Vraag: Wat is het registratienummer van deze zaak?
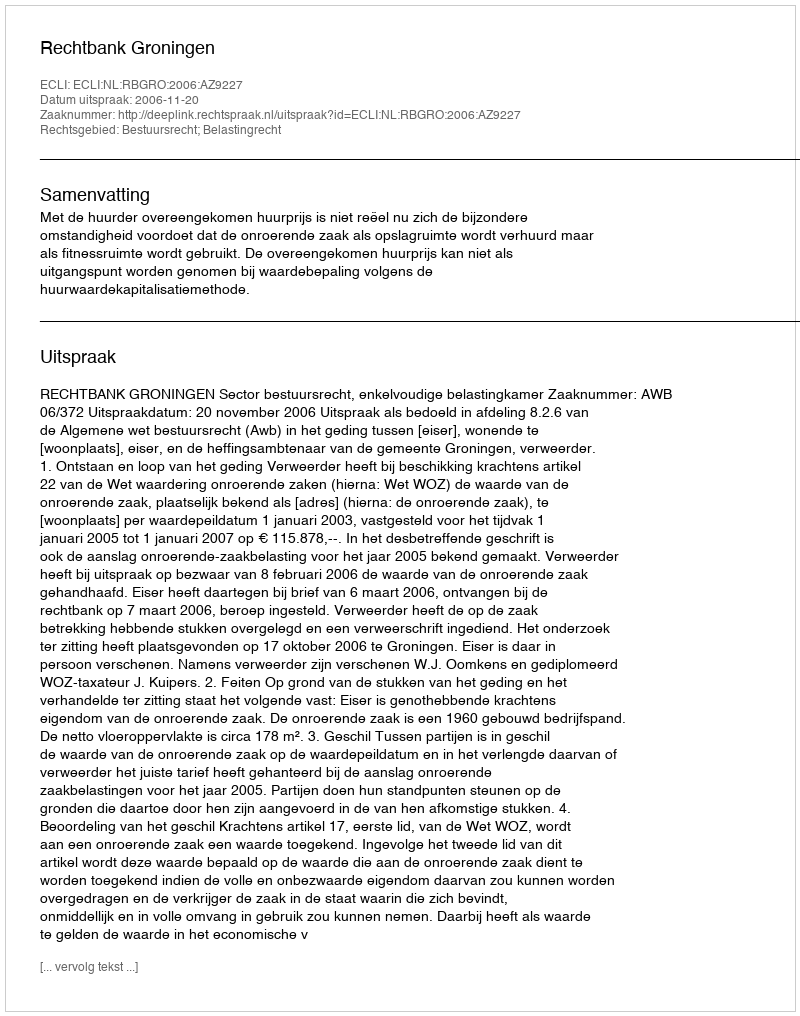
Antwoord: http://deeplink.rechtspraak.nl/uitspraak?id=ECLI:NL:RBGRO:2006:AZ9227